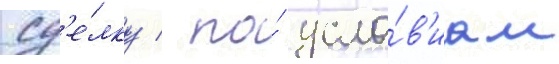
сд'е́лку / по́ усло́в'иам